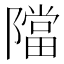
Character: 𨼴